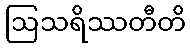
ဩသရိဿတီတိ